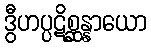
ဒွီဟပ္ပဋိစ္ဆန္နာယော